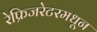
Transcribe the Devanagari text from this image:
रेफ्रिजरेटरमधून